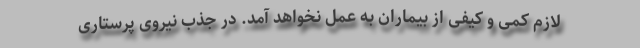
لازم کمی و کیفی از بیماران به عمل نخواهد آمد. در جذب نیروی پرستاری